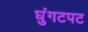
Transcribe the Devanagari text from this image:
घुंगटपट